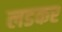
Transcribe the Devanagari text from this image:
लडकर